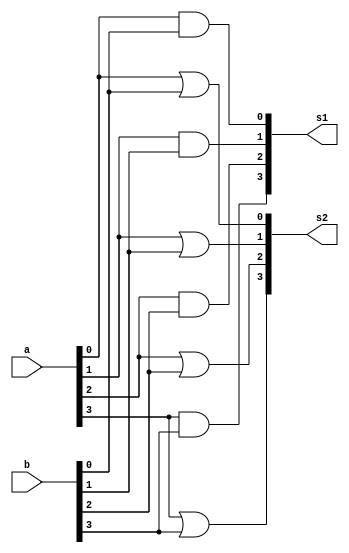
// ------------------------- 
// Exemplo0031 - F4 
// Nome: Jonatas Sena Ferreira
// ------------------------- 
// ------------------------- 
// f4_gate 
// ------------------------- 
module f4 (output [3:0] s1, output [3:0] s2, input [3:0] a, input [3:0] b); 
// -- descrio

and AND1 (s1[0], a[0], b[0]);
and AND2 (s1[1], a[1], b[1]);
and AND3 (s1[2], a[2], b[2]);
and AND4 (s1[3], a[3], b[3]);

or OR1 (s2[0], a[0], b[0]);
or OR2 (s2[1], a[1], b[1]);
or OR3 (s2[2], a[2], b[2]);
or OR4 (s2[3], a[3], b[3]);

endmodule // f4 
// ------------------------- 
module test_f4; 
// ------------------------- definir dados 
reg [3:0] p; 
reg [3:0] q; 
wire[3:0] o, l; 
f4 modulo (l, o, p, q); 
// ------------------------- parte principal 
initial begin 
$display("Exemplo0031 - Jonatas Sena Ferreira - 427424"); 
$display("Test LU's module"); 
p = 4'b0011; q = 4'b0101;
// projetar testes do modulo 
#1 $monitor("%3b %3b == AND %3b OR %3b",p,q,l,o); 
#1 p = 4'b1010; q = 4'b1101;
#1 p = 4'b1111; q = 4'b1111;
#1 p = 4'b0000; q = 4'b0000;
#1 p = 4'b1010; q = 4'b0101;
end 
endmodule // test_f4